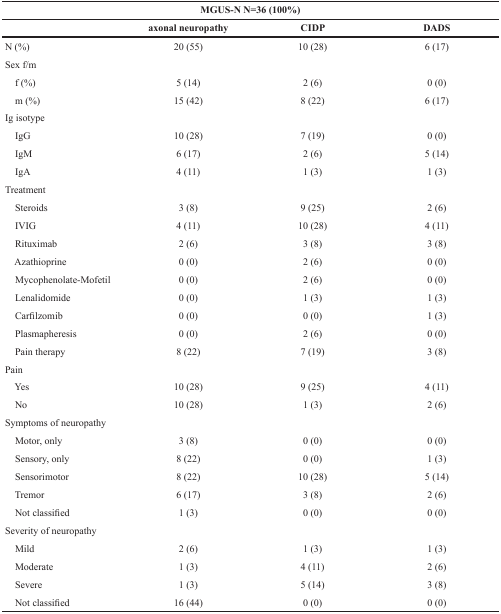
<table><thead><tr><td colspan="4"><b>MGUS-N N=36 (100%)</b></td></tr><tr><td></td><td><b>axonal neuropathy</b></td><td><b>CIDP</b></td><td><b>DADS</b></td></tr></thead><tbody><tr><td>N (%)</td><td>20 (55)</td><td>10 (28)</td><td>6 (17)</td></tr><tr><td>Sex f/m</td><td></td><td></td><td></td></tr><tr><td> f (%)</td><td>5 (14)</td><td>2 (6)</td><td>0 (0)</td></tr><tr><td> m (%)</td><td>15 (42)</td><td>8 (22)</td><td>6 (17)</td></tr><tr><td>Ig isotype</td><td></td><td></td><td></td></tr><tr><td> IgG</td><td>10 (28)</td><td>7 (19)</td><td>0 (0)</td></tr><tr><td> IgM</td><td>6 (17)</td><td>2 (6)</td><td>5 (14)</td></tr><tr><td> IgA</td><td>4 (11)</td><td>1 (3)</td><td>1 (3)</td></tr><tr><td>Treatment</td><td></td><td></td><td></td></tr><tr><td> Steroids</td><td>3 (8)</td><td>9 (25)</td><td>2 (6)</td></tr><tr><td> IVIG</td><td>4 (11)</td><td>10 (28)</td><td>4 (11)</td></tr><tr><td> Rituximab</td><td>2 (6)</td><td>3 (8)</td><td>3 (8)</td></tr><tr><td> Azathioprine</td><td>0 (0)</td><td>2 (6)</td><td>0 (0)</td></tr><tr><td> Mycophenolate-Mofetil</td><td>0 (0)</td><td>2 (6)</td><td>0 (0)</td></tr><tr><td> Lenalidomide</td><td>0 (0)</td><td>1 (3)</td><td>1 (3)</td></tr><tr><td> Carfilzomib</td><td>0 (0)</td><td>0 (0)</td><td>1 (3)</td></tr><tr><td> Plasmapheresis</td><td>0 (0)</td><td>2 (6)</td><td>0 (0)</td></tr><tr><td> Pain therapy</td><td>8 (22)</td><td>7 (19)</td><td>3 (8)</td></tr><tr><td>Pain</td><td></td><td></td><td></td></tr><tr><td> Yes</td><td>10 (28)</td><td>9 (25)</td><td>4 (11)</td></tr><tr><td> No</td><td>10 (28)</td><td>1 (3)</td><td>2 (6)</td></tr><tr><td>Symptoms of neuropathy</td><td></td><td></td><td></td></tr><tr><td> Motor, only</td><td>3 (8)</td><td>0 (0)</td><td>0 (0)</td></tr><tr><td> Sensory, only</td><td>8 (22)</td><td>0 (0)</td><td>1 (3)</td></tr><tr><td> Sensorimotor</td><td>8 (22)</td><td>10 (28)</td><td>5 (14)</td></tr><tr><td> Tremor</td><td>6 (17)</td><td>3 (8)</td><td>2 (6)</td></tr><tr><td> Not classified</td><td>1 (3)</td><td>0 (0)</td><td>0 (0)</td></tr><tr><td>Severity of neuropathy</td><td></td><td></td><td></td></tr><tr><td> Mild</td><td>2 (6)</td><td>1 (3)</td><td>1 (3)</td></tr><tr><td> Moderate</td><td>1 (3)</td><td>4 (11)</td><td>2 (6)</td></tr><tr><td> Severe</td><td>1 (3)</td><td>5 (14)</td><td>3 (8)</td></tr><tr><td> Not classified</td><td>16 (44)</td><td>0 (0)</td><td>0 (0)</td></tr></tbody></table>